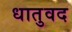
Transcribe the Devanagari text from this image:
धातुवद